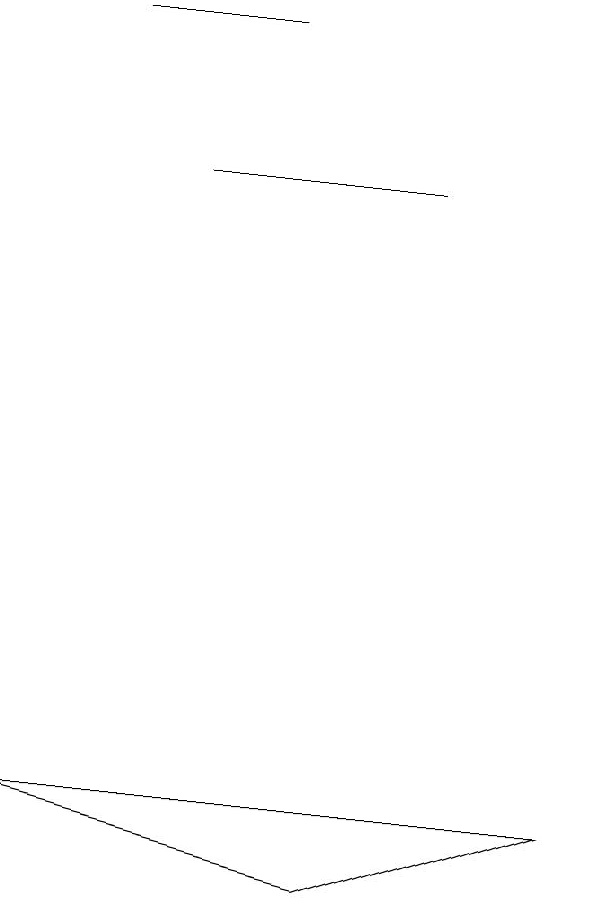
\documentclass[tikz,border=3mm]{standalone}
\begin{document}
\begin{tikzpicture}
\draw (3,10) rectangle (6,10);
\draw (4,12) rectangle (2,12);
\draw (1,2) -- (8,2) -- (5,1) -- cycle;
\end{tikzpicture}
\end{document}